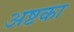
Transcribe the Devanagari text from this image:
अष्टका